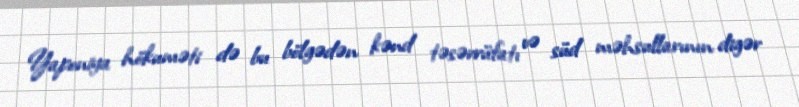
Yaponiya hökuməti də bu bölgədən kənd təsərrüfatı və süd məhsullarının digər